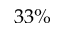
3 3 \%